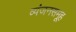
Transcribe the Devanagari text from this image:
व्यंजनसमूह